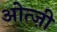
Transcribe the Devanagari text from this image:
ओत्ज़ी